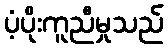
ပံ့ပိုးကူညီမှုသည်